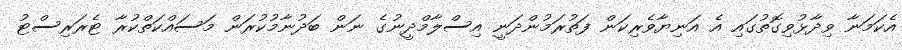
އެކަމަނާ ވިދާޅުވިގޮތުގައި އެ އަނިޔާވެރިކަން ފަތުރަމުންދަނީ އިސްލާމްދީނުގެ ނަން ބަދުނާމުކުރަން މަސައްކަތްކުރާ ޓެރަރިސްޓު